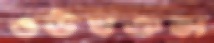
ওঊখঞঝ